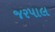
જરપાલ